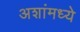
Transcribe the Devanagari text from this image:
अशांमध्ये